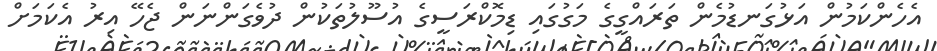
އެހެންކަމުން އަޅުގަނޑުމެން ތަރައްގީގެ މަގުގައި ޑިމޮކްރަސީގެ އުސޫލުތަކުން ދުވެގަންނަން ޖެހޭ އިރު އެކަމަށް